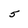
Character: 5